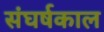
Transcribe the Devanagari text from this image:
संघर्षकाल